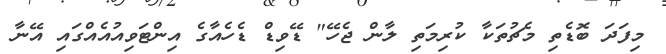
މިފަދަ ބޮޑެތި މެޗުތަކާ ކުރިމަތި ލާން ޖެހޭ" ޑޭވިޑް ޑެހެއާގެ އިންޓަވިއުއެއްގައި އޭނާ